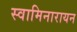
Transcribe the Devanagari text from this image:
स्वामिनारायन